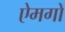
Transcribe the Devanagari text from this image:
ऐमगों